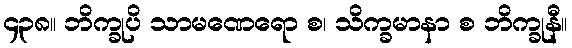
၄၃၈။ ဘိက္ခုပိ သာမဏေရော စ၊ သိက္ခမာနာ စ ဘိက္ခုနီ။